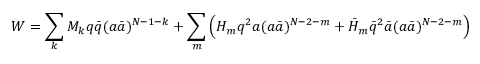
W = \sum _ { k } M _ { k } q \bar { q } ( a \bar { a } ) ^ { N - 1 - k } + \sum _ { m } \Big ( H _ { m } q ^ { 2 } a ( a \bar { a } ) ^ { N - 2 - m } + \bar { H } _ { m } \bar { q } ^ { 2 } \bar { a } ( a \bar { a } ) ^ { N - 2 - m } \Big )